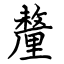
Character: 釐